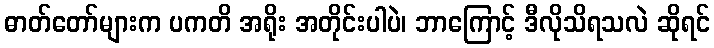
ဓာတ်တော်များက ပကတိ အရိုး အတိုင်းပါပဲ၊ ဘာကြောင့် ဒီလိုသိရသလဲ ဆိုရင်